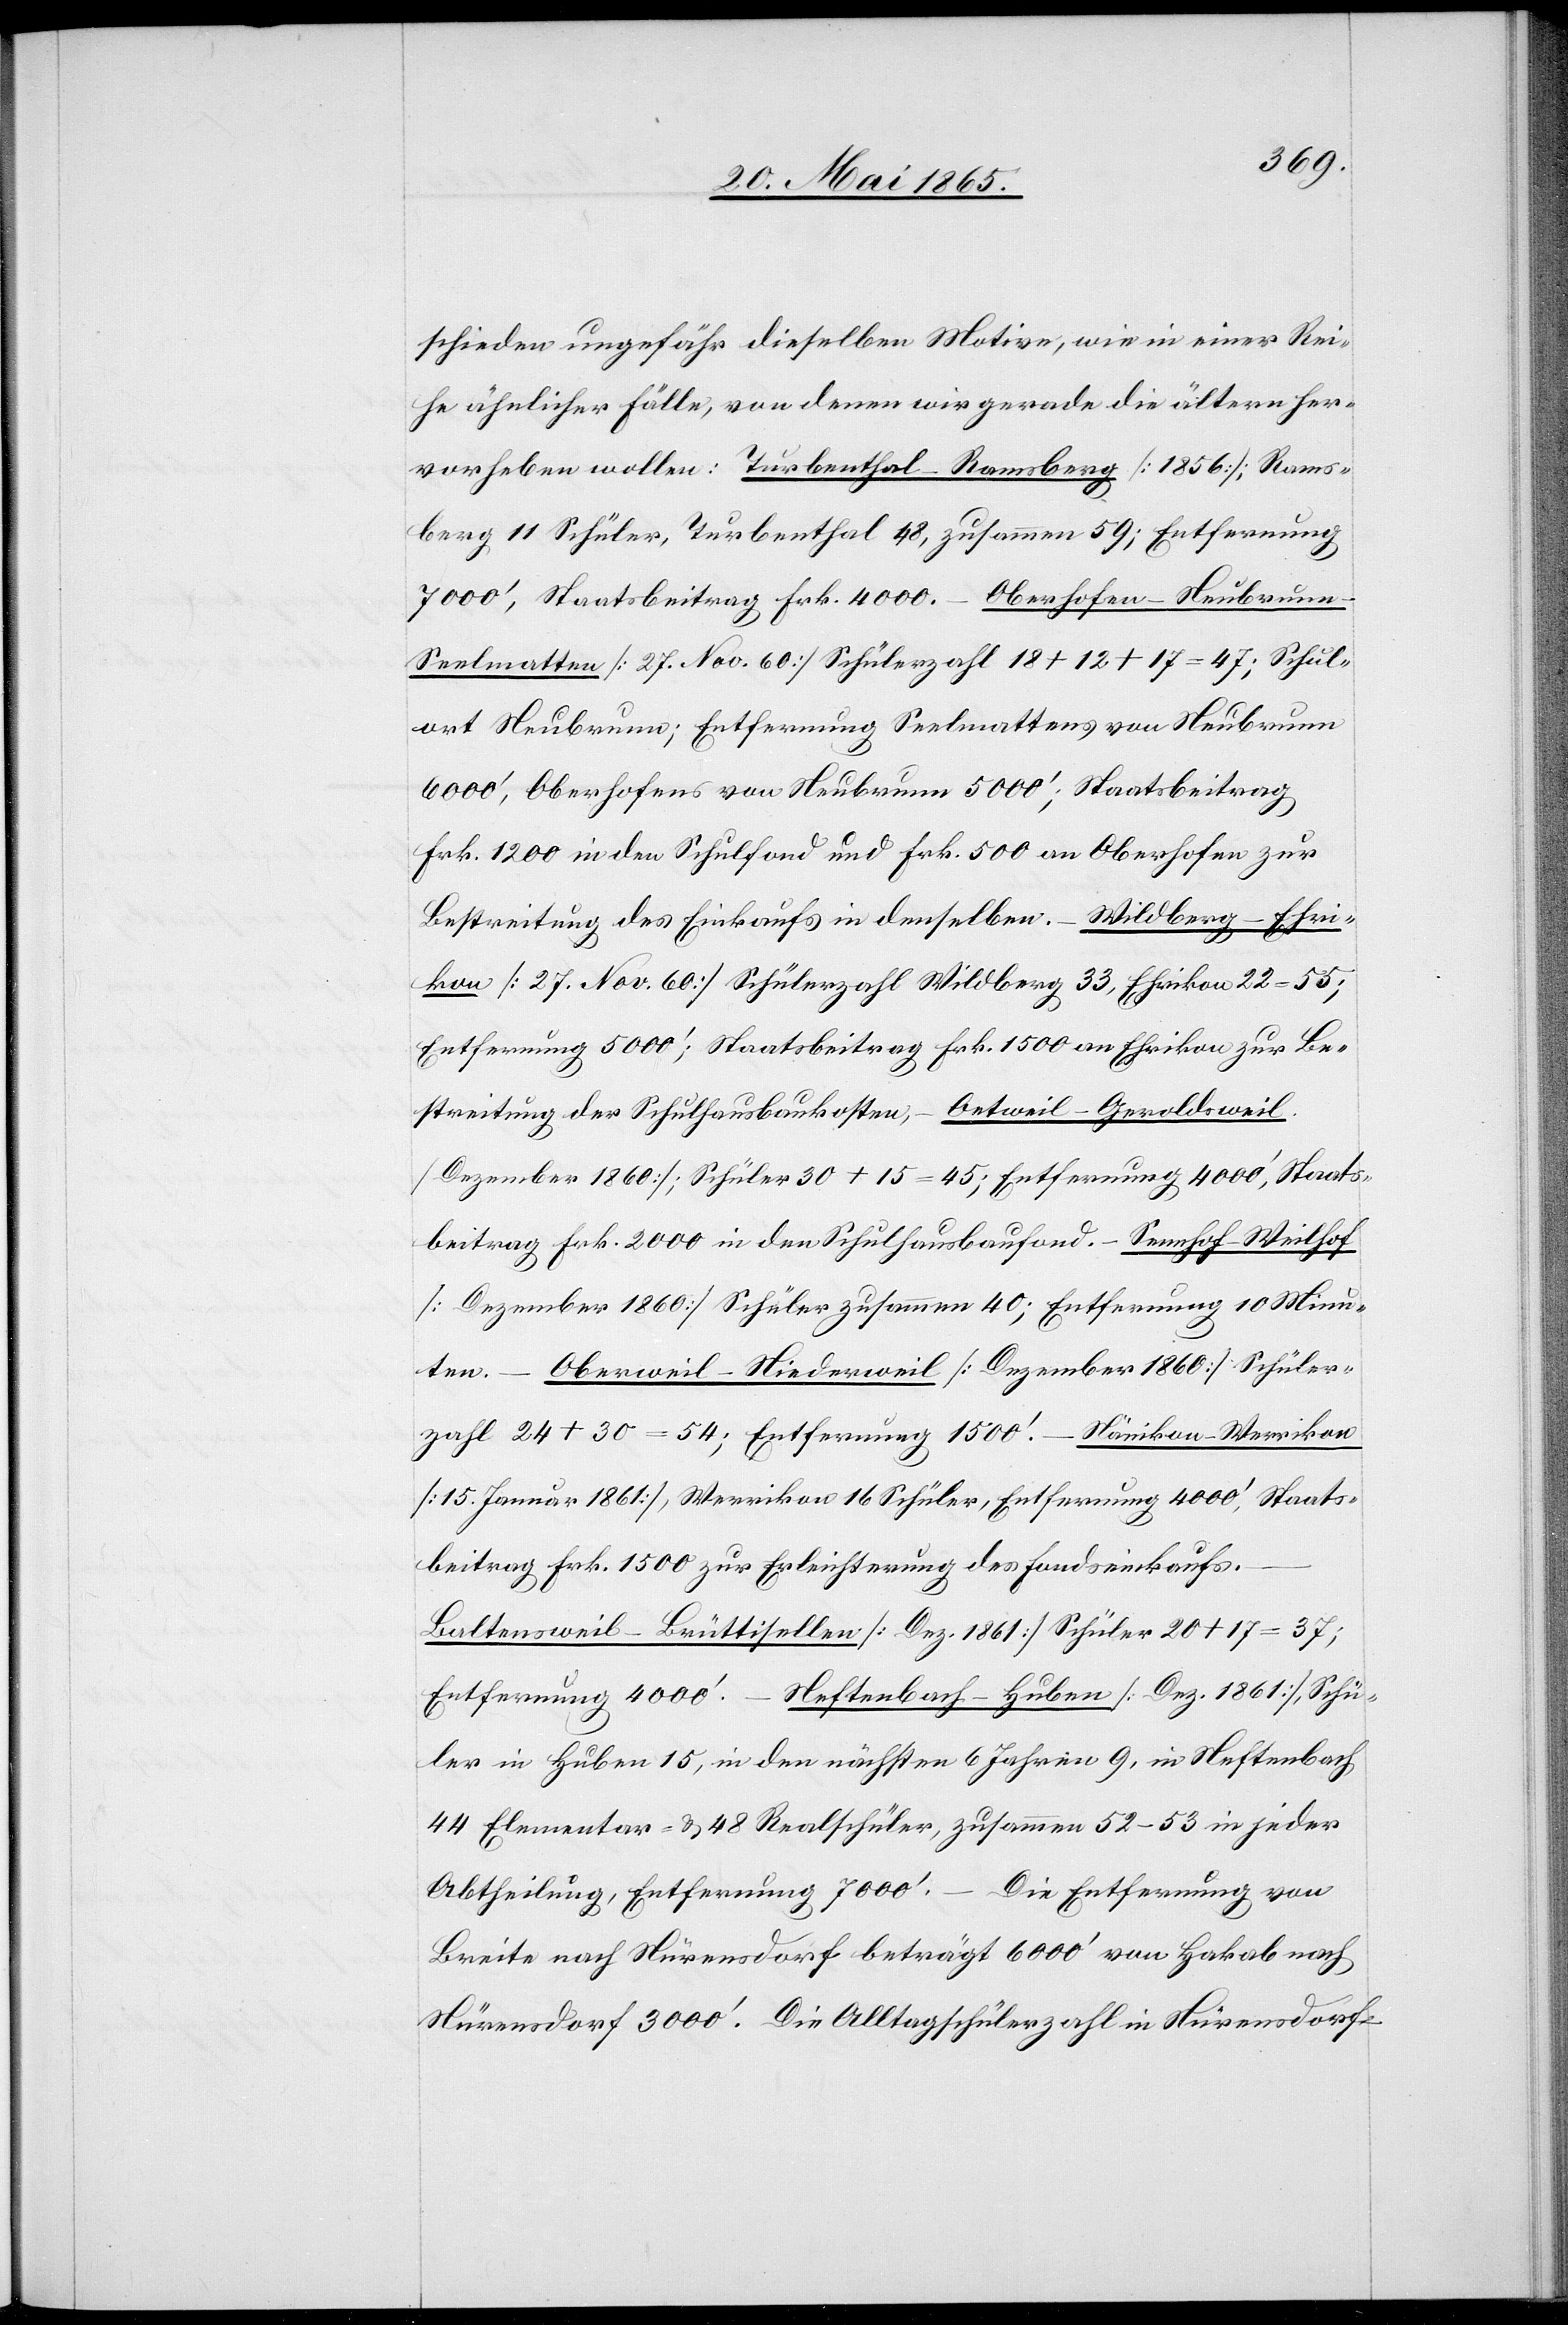
schieden ungefähr dieselben Motive, wie in einer Rei¬
he ähnlicher Fälle, von denen wir gerade die ältern her¬
vorheben wollen: Turbenthal-Ramsberg [1856]; Rams¬
berg 11 Schüler, Turbenthal 48, zusammen 59; Entfernung
7000’, Staatsbeitrag Frk. 4000. – Oberhofen-Neubrun¬
n-Seelmatten [27. Nov. 60] Schülerzahl 18 + 12 + 17 = 47; Schul¬
ort Neubrunn; Entfernung Seelmattens von Neubrunn
6000’, Oberhofens von Neubrunn 5000’; Staatsbeitrag
Frk. 1200 in den Schulfond und Frk. 500 an Oberhofen zur
Bestreitung des Einkaufs in denselben. – Wildberg-Ehri¬
kon [27. Nov. 60] Schülerzahl Wildberg 33, Ehrikon 22 = 55;
Entfernung 5000’; Staatsbeitrag Frk. 1500 an Ehrikon zur Be¬
streitung der Schulhausbaukosten, – Oetweil-Geroldsweil
[Dezember 1860]; Schüler 30 + 15 = 45; Entfernung 4000’, Staats¬
beitrag Frk. 2000 in den Schulhausbaufond. – Sennhof-Weilhof
[Dezember 1860] Schüler zusammen 40; Entfernung 10 Minu¬
ten. – Oberweil-Niederweil [Dezember 1860] Schüler¬
zahl 24 + 30 = 54; Entfernung 1500’. – Nänikon-Werrikon
[15. Januar 1861], Werrikon 16 Schüler, Entfernung 4000’, Staats¬
beitrag Frk. 1500 zur Erleichterung des Fondseinkaufs.
Baltensweil-Brüttisellen [Dez. 1861] Schüler 20 + 17 = 37;
Neftenbach-Huben [Dez. 1861], Schü¬
Entfernung 4000’.
ler in Huben 15, in den nächsten 6 Jahren 9, in Neftenbach
44 Elementar- & 48 Realschüler, zusammen 52–53 in jeder
Abtheilung, Entfernung 7000’. – Die Entfernung von
Breite nach Nürensdorf beträgt 6000’ von Hakab nach
Nürensdorf 3000’. Die Alltagsschülerzahl in Nürensdorf